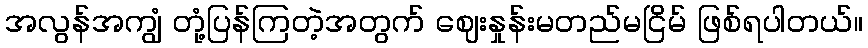
အလွန်အကျွံ တုံ့ပြန်ကြတဲ့အတွက် ဈေးနှုန်းမတည်မငြိမ် ဖြစ်ရပါတယ်။